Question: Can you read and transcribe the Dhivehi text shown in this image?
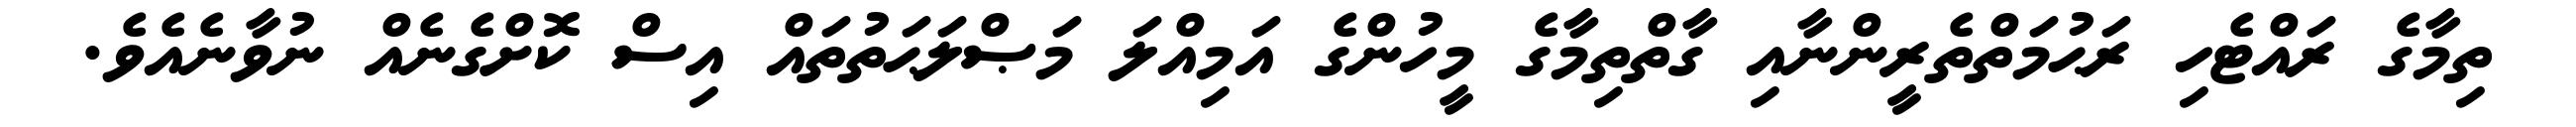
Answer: ތިމާގެ ރައްޓެހި ރަޙުމަތްތެރީންނާއި ގާތްތިމާގެ މީހުންގެ އަމިއްލަ މަޞްލަޙަތުތައް އިސް ކޮށްގެނެއް ނުވާނެއެވެ.